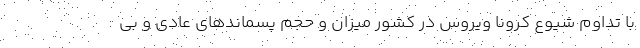
با تداوم شیوع کرونا ویروس در کشور میزان و حجم پسماندهای عادی و بی